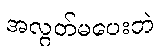
အလွတ်မပေးဘဲ